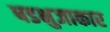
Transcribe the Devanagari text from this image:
षडभुजाकार